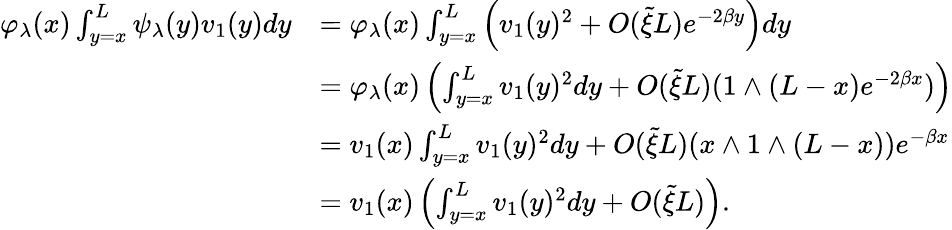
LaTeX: \begin{array}{rl}{\varphi_{\lambda}(x)\int_{y=x}^{L}\psi_{\lambda}(y)v_{1}(y)dy}&{=\varphi_{\lambda}(x)\int_{y=x}^{L}\left(v_{1}(y)^{2}+O(\tilde{\xi}L)e^{-2\beta y}\right)dy}\\ &{=\varphi_{\lambda}(x)\left(\int_{y=x}^{L}v_{1}(y)^{2}dy+O(\tilde{\xi}L)(1\wedge(L-x)e^{-2\beta x})\right)}\\ &{=v_{1}(x)\int_{y=x}^{L}v_{1}(y)^{2}dy+O(\tilde{\xi}L)(x\wedge 1\wedge(L-x))e^{-\beta x}}\\ &{=v_{1}(x)\left(\int_{y=x}^{L}v_{1}(y)^{2}dy+O(\tilde{\xi}L)\right).}\end{array}